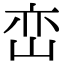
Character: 峦